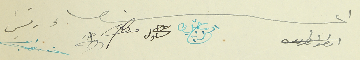
اعضاء  انطون طربيه       شليطا الزين     حنا شاول  منصور ضو    طري         رئيس  انطون حرب